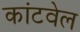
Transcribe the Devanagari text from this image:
कांटवेल